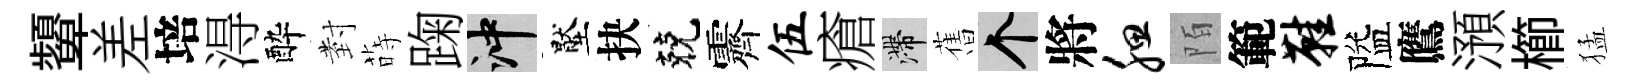
顰差培淂酔𭔹蒔踘冲壓抉兢霽伍瘡滯𦾔个將腮陌範鞋隘鷹澦櫛猛